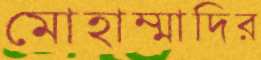
মোহাম্মাদির